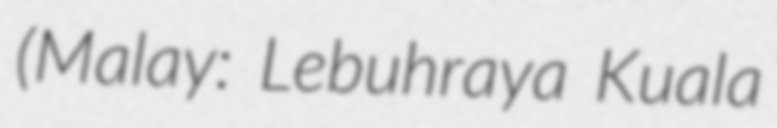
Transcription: (Malay: Lebuhraya Kuala